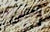
الرقاقة